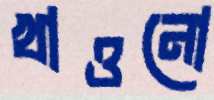
খাওনো